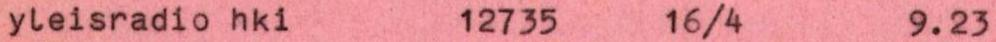
yleisradio hki 12735 16/4 9.23